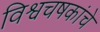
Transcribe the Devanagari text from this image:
विश्वचषकांचे